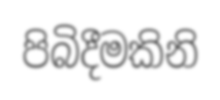
පිබිදීමකිනි